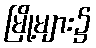
မြို့များ၌